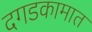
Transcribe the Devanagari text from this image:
दगडकामात